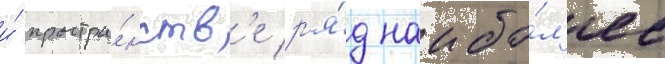
и́ простра́нств'е р'я́д наибо́л'ее